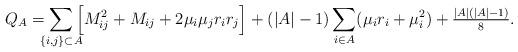
LaTeX: \begin{align*}Q_{A}=\smashoperator{\sum_{\{i, j\}\subset A}}\Big[M_{ij}^2+M_{ij}+2\mu_i\mu_jr_i r_j\Big]+(|A|-1)\sum_{i\in A}(\mu_i r_i+\mu_i^2)+\textstyle{\frac{|A|(|A|-1)}{8}}.\end{align*}